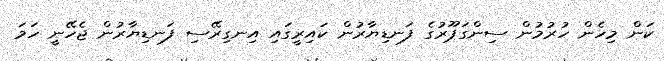
ކަން މިހެން ހުރުމުން ސިންގަޕޫރުގެ ފަނޑިޔާރުން ކައިރީގައި އިނގިރޭސި ފަނޑިޔާރުން ޖެހޭނީ ހަމަ